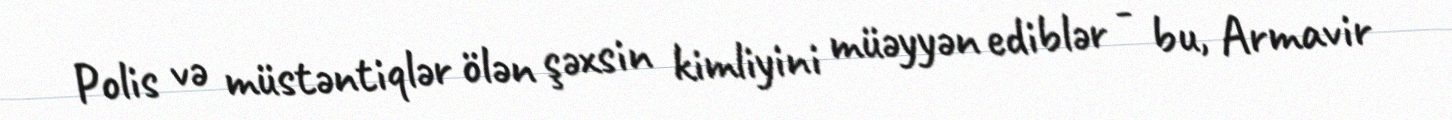
Polis və müstəntiqlər ölən şəxsin kimliyini müəyyən ediblər - bu, Armavir